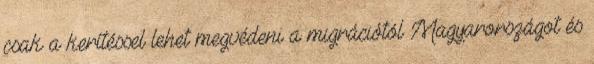
csak a kerítéssel lehet megvédeni a migrációtól Magyarországot és